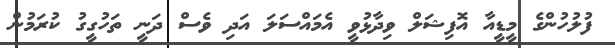
ފުލުހުންގެ މީޑީއާ އޮފިޝަލް ވިދާޅުވީ އެމައްސަލަ އަދި ވެސް ދަނީ ތަހުގީގު ކުރަމުން